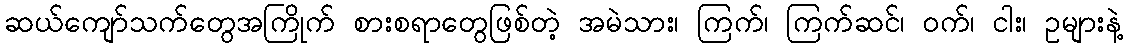
ဆယ်ကျော်သက်တွေအကြိုက် စားစရာတွေဖြစ်တဲ့ အမဲသား၊ ကြက်၊ ကြက်ဆင်၊ ဝက်၊ ငါး၊ ဥများနဲ့